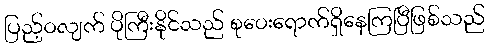
ပြည့်ဝလျက် ပိုကြီးနိုင်သည် စုဝေးရောက်ရှိနေကြပြီဖြစ်သည်